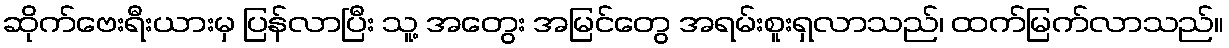
ဆိုက်ဗေးရီးယားမှ ပြန်လာပြီး သူ့ အတွေး အမြင်တွေ အရမ်းစူးရှလာသည်၊ ထက်မြက်လာသည်။